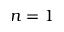
n = 1